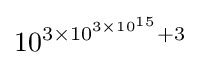
10^{3\times 10^{3\times 10^{15}}+3}